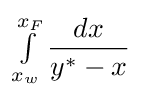
\textstyle \int \limits _{x_{w}}^{x_{F}}\displaystyle {\frac {dx}{y^{*}-x}}